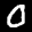
Label: 0